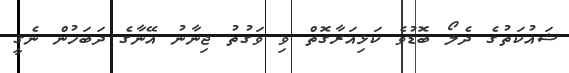
ޝައުކަތުގެ ދެލޯ ބޮޑުވެ ކަޅިއަރާގޮތް ވި ވަގުތު ޖިނާނު އޭނާގެ ދަބަހުން ނެގީ